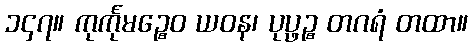
၁၄၇။ ကုင်္ကုမဉ္စေဝ ယဝန၊ ပုပ္ဖဉ္စ တဂရံ တထာ။